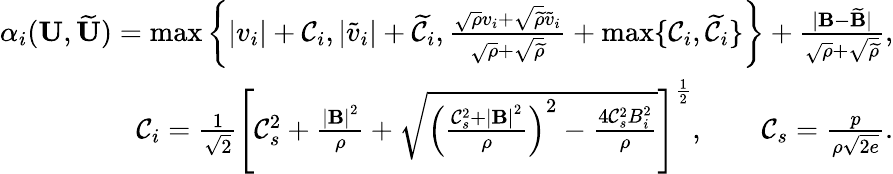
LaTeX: \begin{array}{r}{\alpha_{i}(\mathbf{U},\widetilde{\mathbf{U}})=\operatorname*{max}\left\{ |v_{i}|+\mathcal{C}_{i},|\widetilde{v}_{i}|+\widetilde{\mathcal{C}}_{i},\frac{\sqrt{\rho}v_{i}+\sqrt{\widetilde{\rho}}\widetilde{v}_{i}}{\sqrt{\rho}+\sqrt{\widetilde{\rho}}}+\operatorname*{max}\{ \mathcal{C}_{i},\widetilde{\mathcal{C}}_{i}\} \right\} +\frac{|\mathbf{B}-\widetilde{\mathbf{B}}|}{\sqrt{\rho}+\sqrt{\widetilde{\rho}}},}\\ {\mathcal{C}_{i}=\frac{1}{\sqrt{2}}\left[\mathcal{C}_{s}^{2}+\frac{{|\mathbf{B}|}^{2}}{\rho}+\sqrt{\left(\frac{{\mathcal{C}_{s}^{2}+|\mathbf{B}|}^{2}}{\rho}\right)^{2}-\frac{4\mathcal{C}_{s}^{2}B_{i}^{2}}{\rho}}\right]^{\frac 12},\qquad\mathcal{C}_{s}=\frac{p}{\rho\sqrt{2e}}.}\end{array}